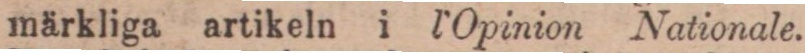
märkliga artikeln i l’Opinion Nationale.